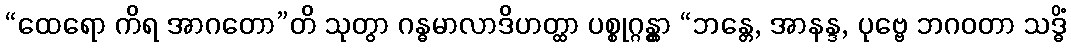
“ထေရော ကိရ အာဂတော”တိ သုတွာ ဂန္ဓမာလာဒိဟတ္ထာ ပစ္စုဂ္ဂန္တွာ “ဘန္တေ, အာနန္ဒ, ပုဗ္ဗေ ဘဂဝတာ သဒ္ဓိံ